Civil Veterinary Department. Central Provinces & Berar 1932-41 - 1932-1941
Year: 1932
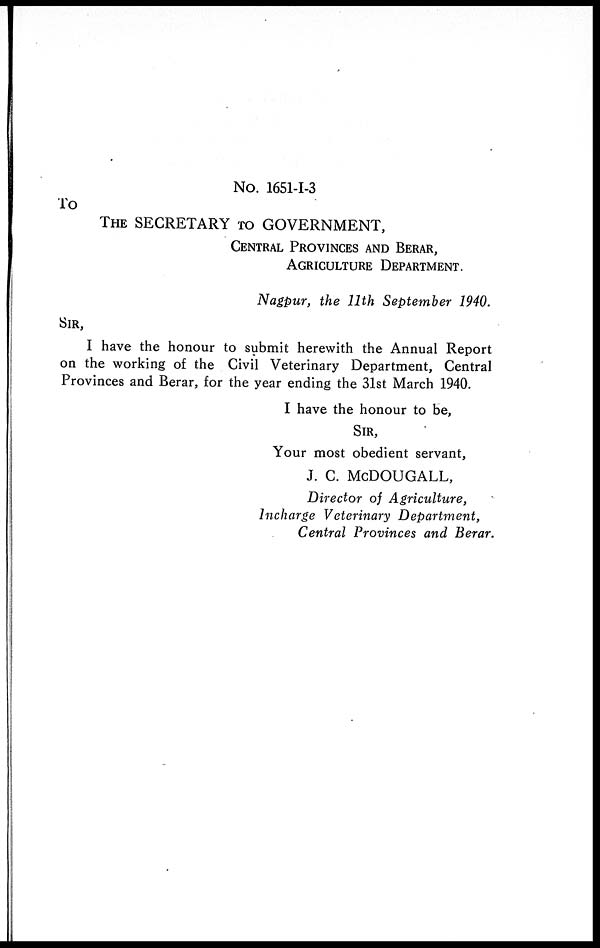
No. 1651-I-3
To
THE SECRETARY TO GOVERNMENT,
CENTRAL PROVINCES AND BERAR,
AGRICULTURE DEPARTMENT.
Nagpur, the 11th September 1940.
SIR,
I have the honour to submit herewith the Annual Report
on the working of the Civil Veterinary Department, Central
Provinces and Berar, for the year ending the 31st March 1940.
I have the honour to be,
SIR,
Your most obedient servant,
J. C. McDOUGALL,
Director of Agriculture,
Incharge Veterinary Department,
Central Provinces and Berar.